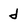
Character: d